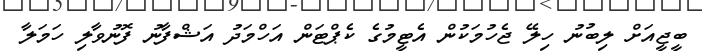
ބީޖީއަށް ލިބުނު ހިލޭ ޖެހުމަކުން އެޓީމުގެ ކެޕްޓަން އަހްމަދު އަޝްފާނު ފޮނުވާލި ހަމަލާ